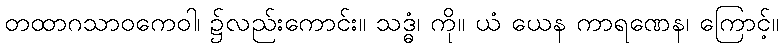
တထာဂသာဝကေဝါ၊ ၌လည်းကောင်း။ သဒ္ဓံ၊ ကို။ ယံ ယေန ကာရဏေန၊ ကြောင့်။